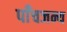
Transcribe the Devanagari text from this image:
पाँचजन्य